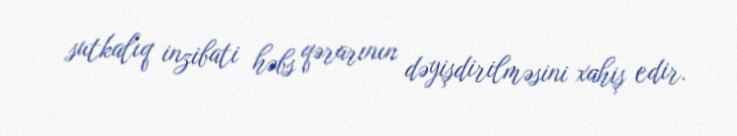
sutkalıq inzibati həbs qərarının dəyişdirilməsini xahiş edir.